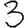
Digit: 3